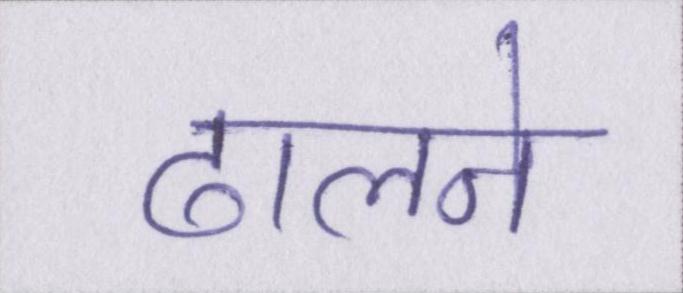
ढालने